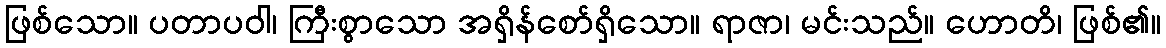
ဖြစ်သော။ ပတာပဝါ၊ ကြီးစွာသော အရှိန်စော်ရှိသော။ ရာဇာ၊ မင်းသည်။ ဟောတိ၊ ဖြစ်၏။